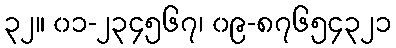
၃၂။ ၀၁-၂၃၄၅၆၇၊ ၀၉-၈၇၆၅၄၃၂၁